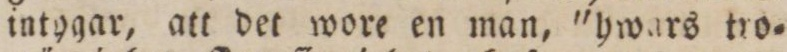
intygar, att det wore en man, 'hwars tro=